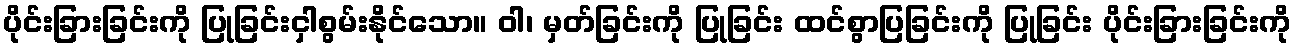
ပိုင်းခြားခြင်းကို ပြုခြင်းငှါစွမ်းနိုင်သော။ ဝါ၊ မှတ်ခြင်းကို ပြုခြင်း ထင်စွာပြခြင်းကို ပြုခြင်း ပိုင်းခြားခြင်းကို